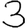
Digit: 3